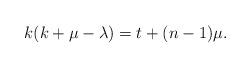
LaTeX: \begin{align*}k(k+\mu-\lambda)=t+(n-1)\mu. \end{align*}